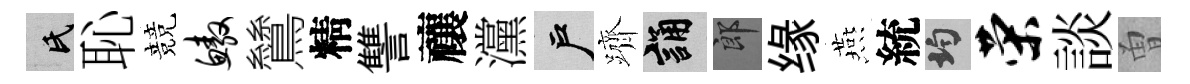
氏恥競鳌鷥精讐禳灙户躋誦郎缘燕統均荣談曽